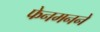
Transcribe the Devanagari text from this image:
फेनमनने